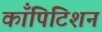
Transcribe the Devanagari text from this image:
काँपिटिशन